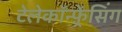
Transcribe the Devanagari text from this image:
टेलेकॉन्फ़्रेंसिंग